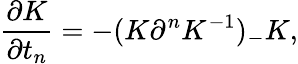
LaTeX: \frac{\partial K}{\partial t_{n}}=-(K\partial^{n}K^{-1})_{-}K,